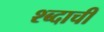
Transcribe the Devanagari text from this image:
श्ब्दाची